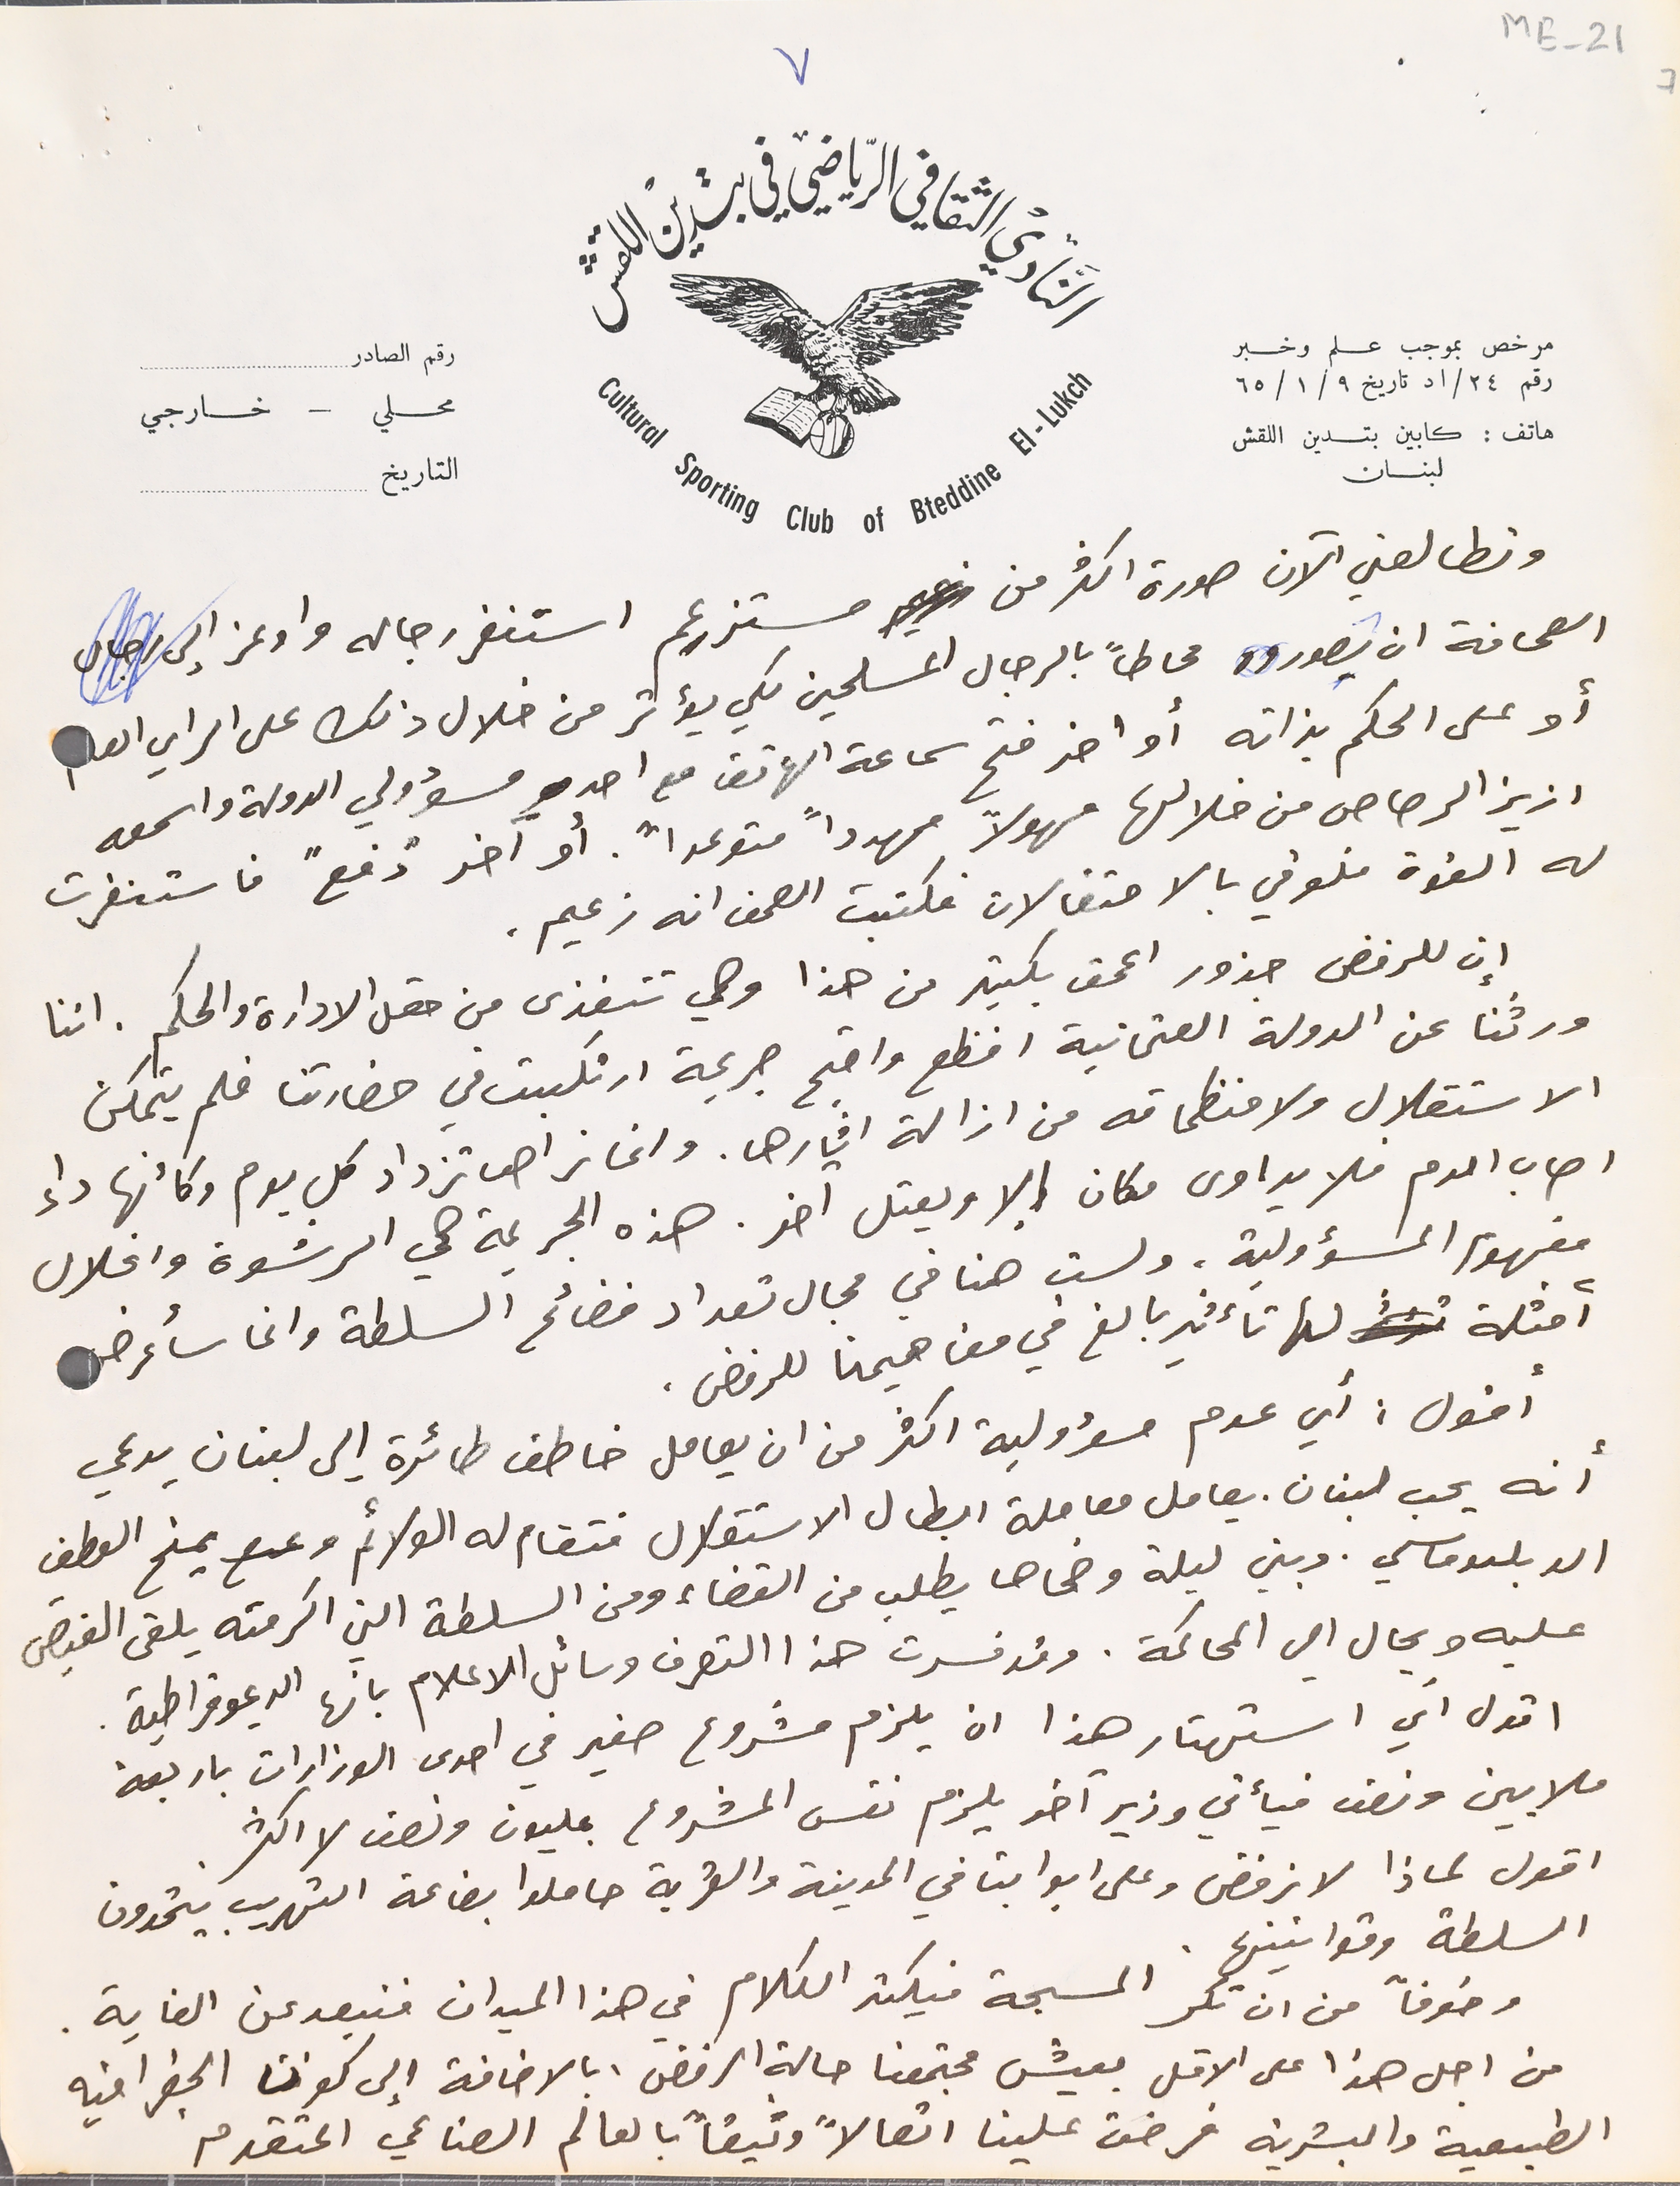
ME-21 7
وتطالعني الآن صورة اكثر من مستزعِم استنفر رجاله واوعز الى رجال
الصحافة ان يصوروه محاطاً بالرجال المسلحين لكي يؤثر من خلال ذلك على الراي العام
أو على الحكم بذاته أو اخر فتح سماعة الهاتف مع احد مسؤولي الدولة واسمعه
ازيز الرصاص من خلالها مهولاً مهدداً متوعداً. أو آخر "دَفع" فاستنفرت
له القوة فلوقي بالاحتفالات فكتبت الصحف انه زعيم.
 إن للرفض جذور اعمق بكثير من هذا وهي تتغذى من حقل الادارة والحكم. اننا
 ورثنا عن الدولة العثمانية افظع واقبح جريمة ارتكبت في حضارتنا فلم يتمكن
الاستقلال ولا منظماته من ازالة اثارها. وانما نراها تزداد كل يوم وكأنها داء
اصاب الدم فلا يداوى مكان إلا ويعتل اخر. هذه الجريمة هي الرشوة وانحلال
مفهوم المسؤولية، ولست هنا في مجال تعداد فضائح السلطة وانما سأعرض
أمثلة لها تأثير بالغ في مفاهيمنا للرفض.
أقول: أي عدم مسؤولية اكثر من ان يعامل خاطف طائرة إلى لبنان يدعي
 أنه يحب لبنان. يعامل معاملة ابطال الاستقلال فتقام له الولائم ويمنح العطف
الديبلوماسي. وبين ليلة وضحاها يطلب من القضاء ومن السلطة التي اكرمته يلقى القبض
عليه ويحال الي المحاكمة. وقد فسرت هذا التصرف وسائل الاعلام بانها الديموقراطية.
اقول أي استهتار هذا ان يلزم مشروع صغير في احدى الوزارات باربعة
ملايين ونصف فيأتي وزير آخر يلزم نفس المشروع بمليون ونصف لا اكثر.
اقول لماذا لا نرفض وعلى ابوابنا في المدينة والقرية حاملوا بضاعة التهريب يتحدون
النَادي الثقافي الرياضي في بتدين اللقش
٧
رقم الصادر
 محلي – خارجي

التاريخ
مرخص بموجب علم وخبر رقم ٢٤/اد تاريخ ٩/ ١/ ٦٥
هاتف : كابين بتدين اللقش لبنان
السلطة وقوانينها.
وخوفاً من ان تكر المسبحة فيكثر الكلام في هذا الميدان فنبعد عن الغاية.
من اجل هذا على الاقل بعيش مجتمعنا حالة الرفض، بالاضافة الى كون الجغرافية
الطبيعية والبشرية فرضت علينا اتصالاً وثيقاً بالعالم الصناعي المتقدم